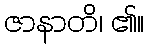
ဇာနာတိ၊ ၏။